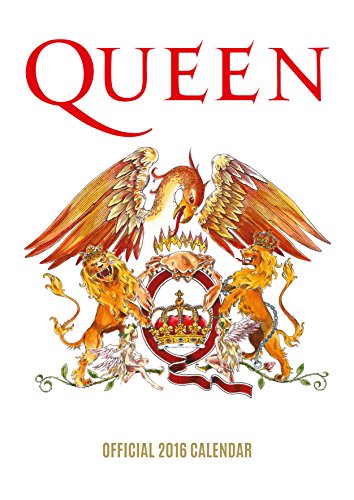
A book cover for The Official Queen 2016 A3 Calendar; Calendars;